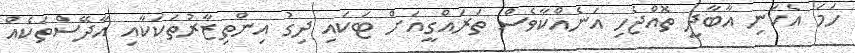
ހަމަ އެކަނި އާބާދީ ތޮއްޖެހި އަނެއްކާވެސް ތަރައްގީއަށް ޓަކައި ދިގު އިންތިޒާރުތަކަކާއި އާދޭސްތަކެއް